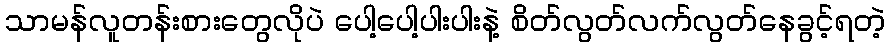
သာမန်လူတန်းစားတွေလိုပဲ ပေါ့ပေါ့ပါးပါးနဲ့ စိတ်လွတ်လက်လွတ်နေခွင့်ရတဲ့